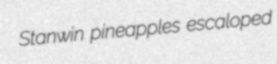
Stanwin pineapples escaloped